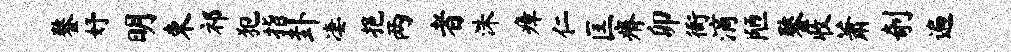
鏊妤明束祁犯指卦凄挹两者洙瘴仁匡瘠卯衙滴陋鏊收萧剞遍